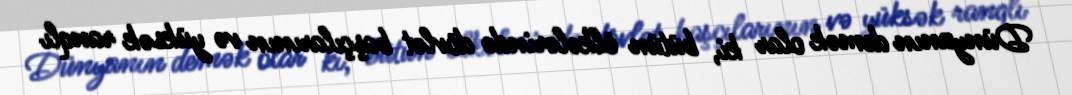
Dünyanın demək olar ki, bütün ölkələrində dövlət başçılarının və yüksək ranqlı